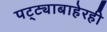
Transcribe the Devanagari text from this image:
पट्ट्याबाहेरही